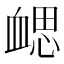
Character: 𧗂